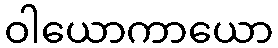
ဝါယောကာယော